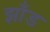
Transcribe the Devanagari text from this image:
झाँड